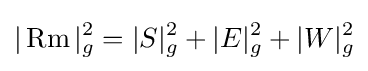
|\operatorname {Rm} |_{g}^{2}=|S|_{g}^{2}+|E|_{g}^{2}+|W|_{g}^{2}